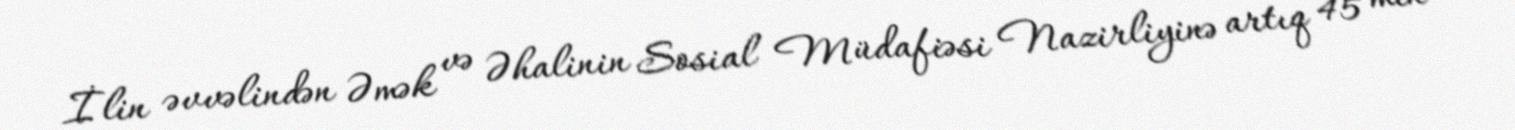
İlin əvvəlindən Əmək və Əhalinin Sosial Müdafiəsi Nazirliyinə artıq 45 min